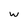
Character: w